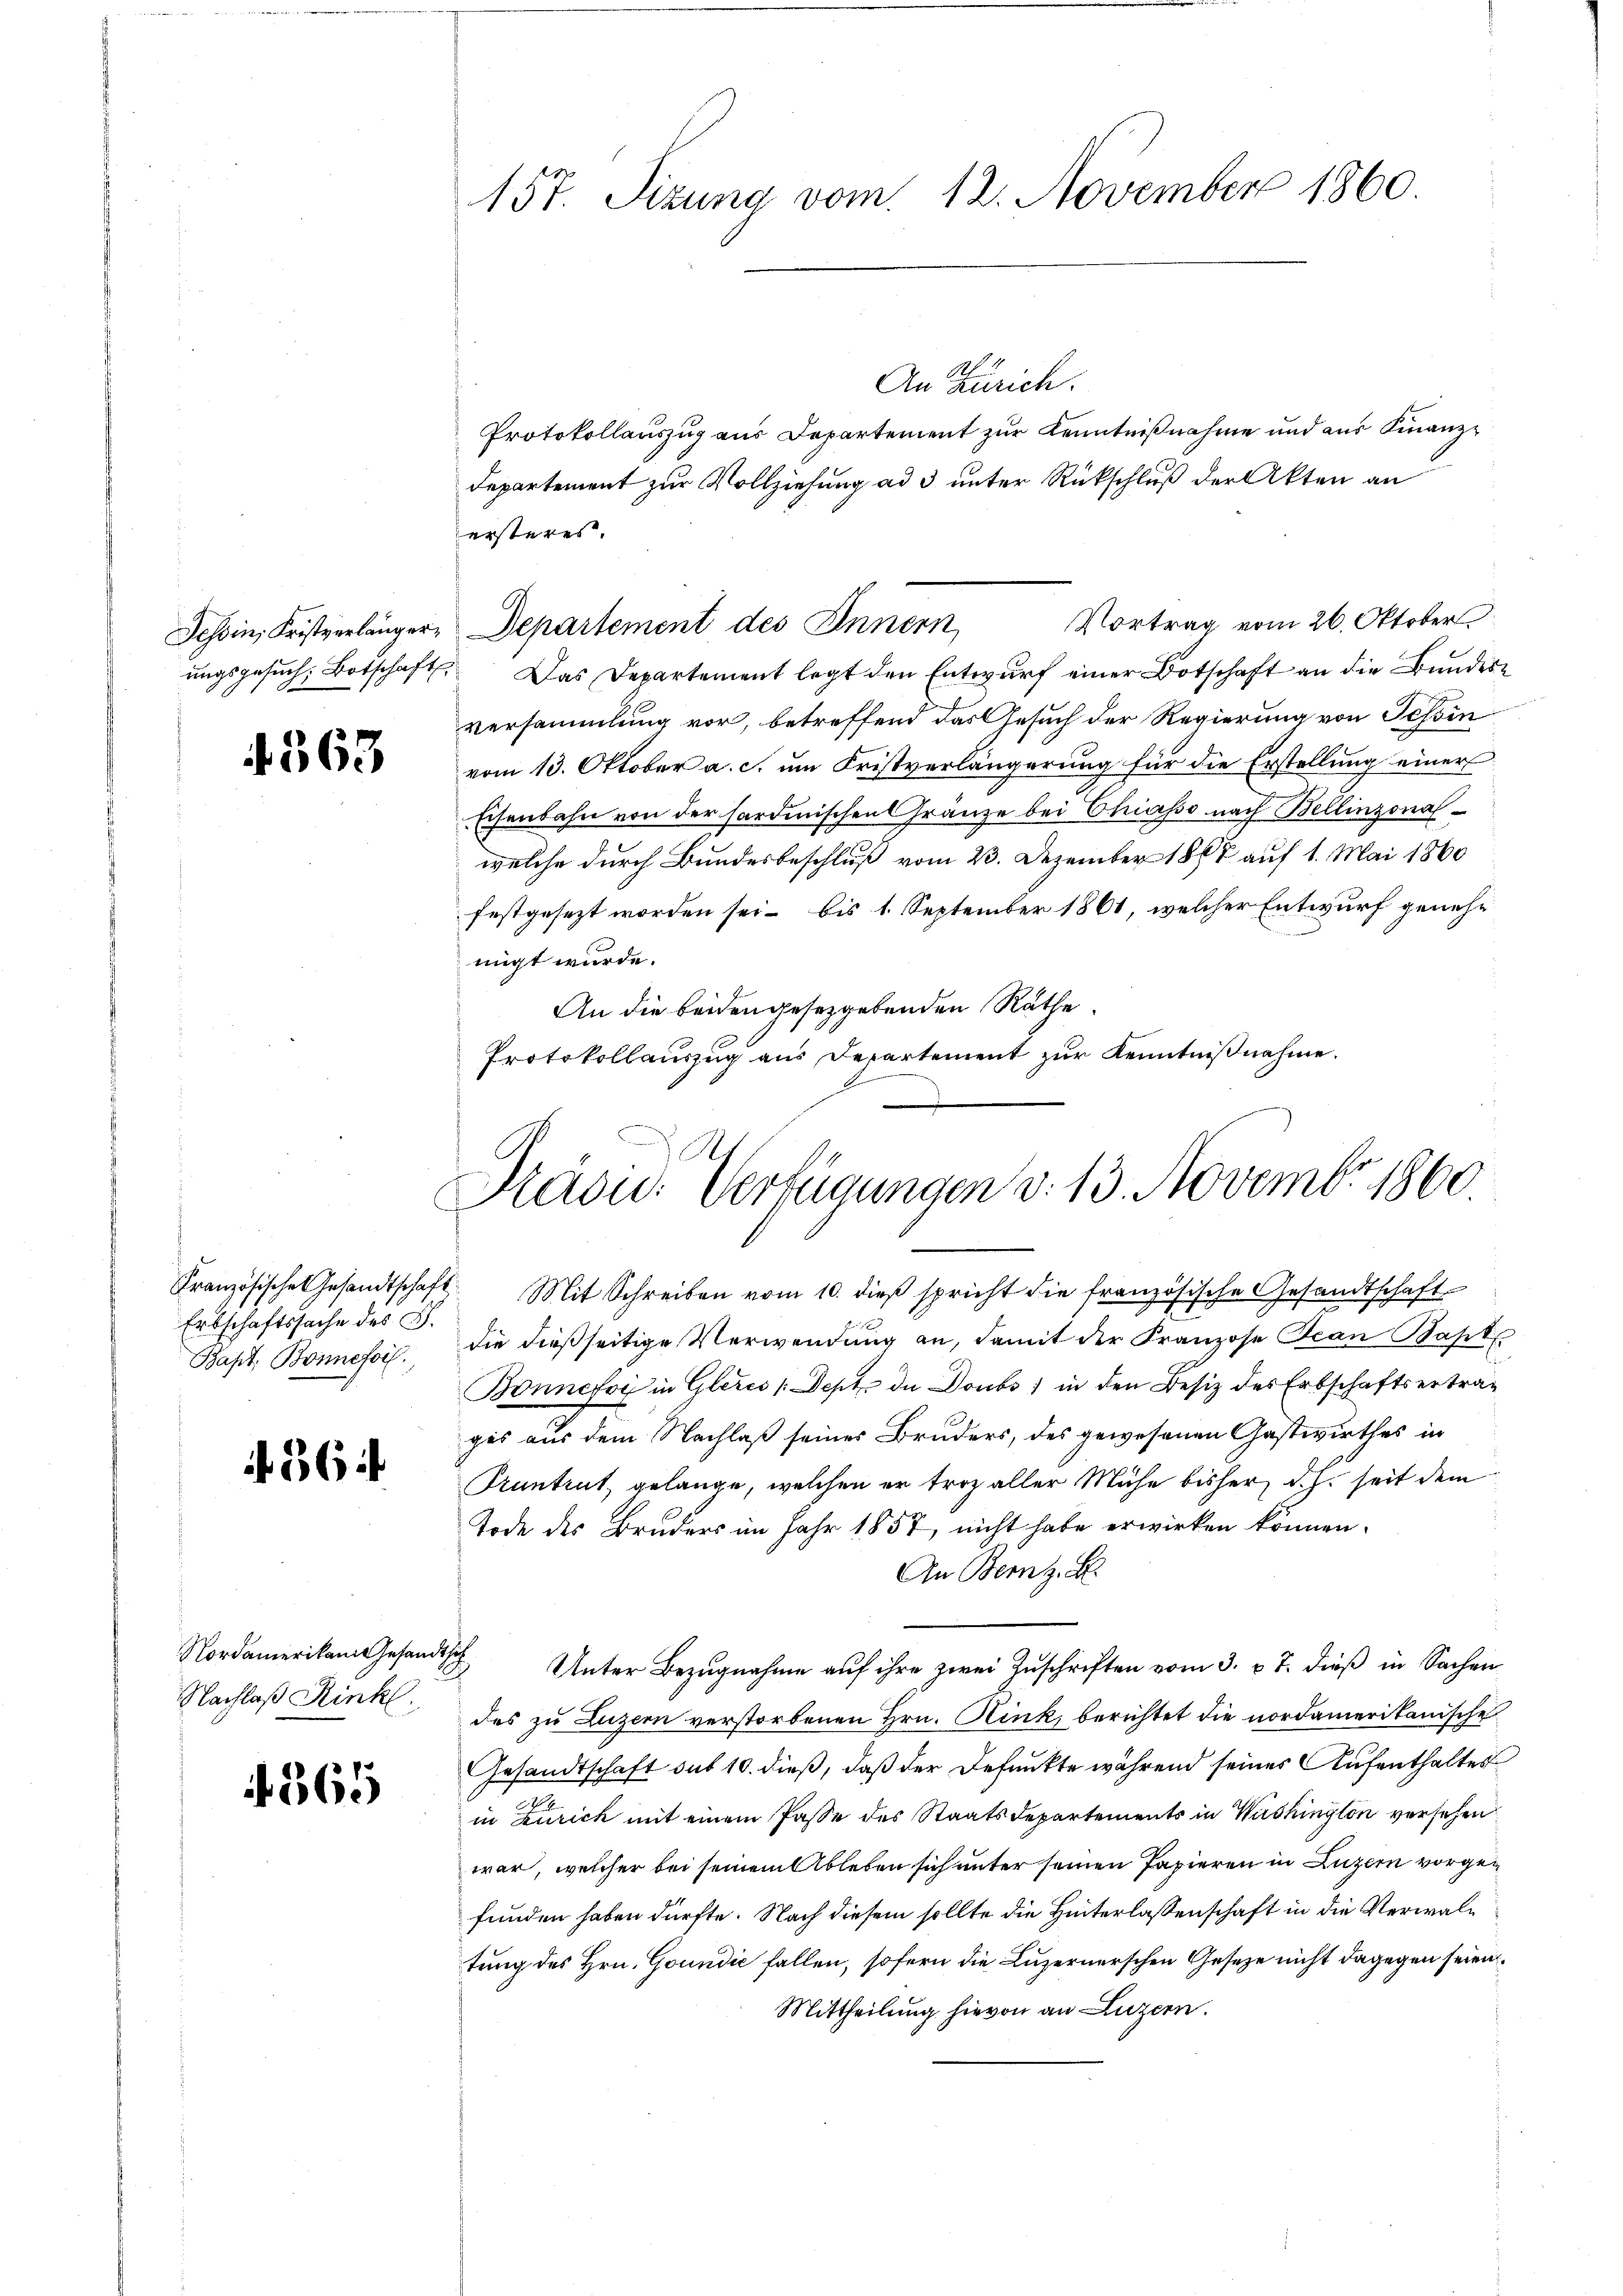
f. 563

Erbschaftssache des S.
Bapt. Bonnefois,

. 564

Nordamerikan Gesandtsch
Nachlaß Rinkl

365

157. Sizung vom 12. November 1860.

.
An Zürich.
Protokollauszug aus Departement zur Kenntnißnahme und aus Finanz¬
Departement zur Vollziehung ad 3 unter Rückschluß der Akten an
ungsgesŭch, Botschaft. Das Departement legt den Entwurf einer Botschaft an die Bundesversammlung vor, betreffend das Gesuch der Regierung von Tessin
vom 13. Oktober a. c. um Fristverlängerung für die Erstellung einer
Eisenbahn von der sardinischen Gränze bei Chiasso nach Bellinzonalwelche durch Bundesbeschluß vom 23. Dezember 1867 auf 1. Mai 1860
festgesezt worden sei – bis 1. September 1861, welcher Entwurf genehmigt wurde.
An die beiden gesetzgebenden Räthe
Protokollauszug aus Departement zur Kenntnißnahme.

ersteres.
Vortrag vom 26. Oktober
Tessin, Fristverlänger, Departement des Innern

Pädu: Verfügungen d. 13. Novembr 1860.

Französische Gesandtschaft. Mit Schreiben vom 10. dieβ spricht die französische Gesandtschaft
die dießseitige Verwendung an, damit der Franzose Jean Bahrt
Bonnefoy in Gleres /:Dept. de Doubs ) in den Besiz des Erbschaftsertrages aus dem Nachlaß seines Bruders, des gewesenen Gastwirthes in
Pruntrut, gelange, welchen er troz aller Mühe bisher, d.h. seit dem
Tode des Bruders im Jahr 1857, nicht habe erwirken können.
An Bern z. B.
Unter Bezugnahme auf ihre zwei Zuschriften vom 3. v. J. dieß in Sachen
des zu Luzern verstorbenen Hrn. Kink, berichtet die nordamerikanische
Gesandtschaft sub 10. dieß, daß der Befunkte während seines Aufenthaltes
in Zürich mit einem Pässe des Staatsdepartements in Washington versehen
war, welcher bei seinem Ableben sich unter seinen Papieren in Luzern vorgefunden haben dürfte. Nach diesem sollte die Hinterlassenschaft in die Verwaltung des Hrn. Goundić fallen, sofern die Luzernerschen Gesetze nicht dagegen seien
Mittheilung hievon an Luzern.